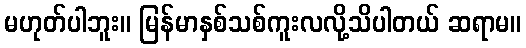
မဟုတ်ပါဘူး။ မြန်မာနှစ်သစ်ကူးလလို့သိပါတယ် ဆရာမ။